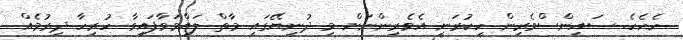
ހެހެހެ. ސައިންސްވެރިން ހީކުރަނީ އެވެރިންނަށް މި ދުނިޔޭގައި މާތް ލައްވަވާފައިވާ ހުރިހާ ދިރުމެއް